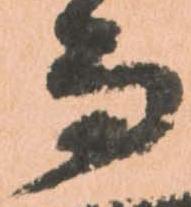
而